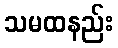
သမထနည်း